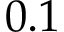
0 . 1